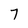
Character: 7